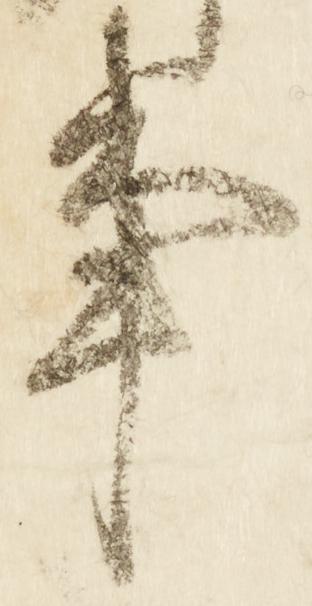
事